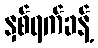
နှစ်ရက်ခန့်